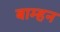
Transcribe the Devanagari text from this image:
बाम्हन